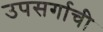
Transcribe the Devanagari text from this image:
उपसर्गाची